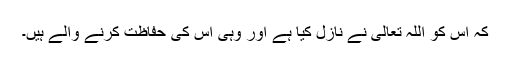
کہ اس کو اللہ تعالی نے نازل کیا ہے اور وہی اس کی حفاظت کرنے والے ہیں۔